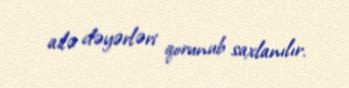
ailə dəyərləri qorunub saxlanılır.